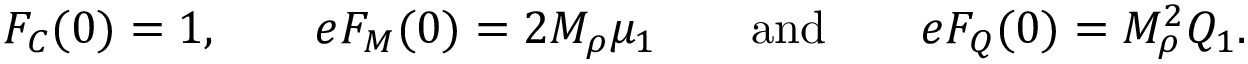
F _ { C } ( 0 ) = 1 , \quad \quad e F _ { M } ( 0 ) = 2 M _ { \rho } \mu _ { 1 } \quad \quad \mathrm { a n d } \quad \quad e F _ { Q } ( 0 ) = M _ { \rho } ^ { 2 } Q _ { 1 } .